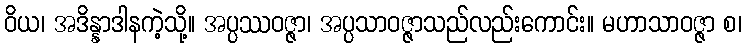
ဝိယ၊ အဒိန္နာဒါနကဲ့သို့။ အပ္ပဿဝဇ္ဇာ၊ အပ္ပသာဝဇ္ဇာသည်လည်းကောင်း။ မဟာသာဝဇ္ဇာ စ၊